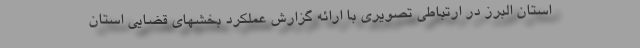
استان البرز در ارتباطی تصویری با ارائه گزارش عملکرد بخشهای قضایی استان